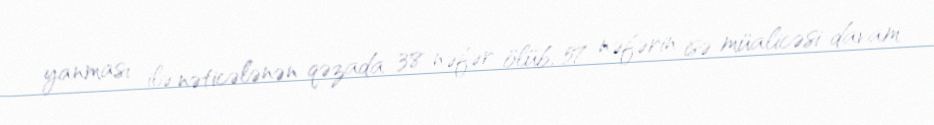
yanması ilə nəticələnən qəzada 38 nəfər ölüb, 57 nəfərin isə müalicəsi davam